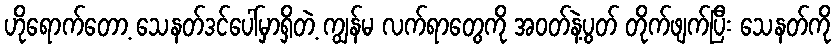
ဟိုရောက်တော့ သေနတ်ဒင်ပေါ်မှာရှိတဲ့ ကျွန်မ လက်ရာတွေကို အဝတ်နဲ့ပွတ် တိုက်ဖျက်ပြီး သေနတ်ကို